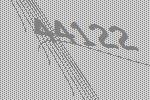
44122